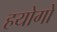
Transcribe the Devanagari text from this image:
हयोगो